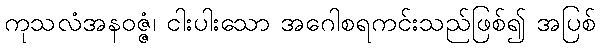
ကုသလံအနဝဇ္ဇံ၊ ငါးပါးသော အဂေါစရကင်းသည်ဖြစ်၍ အပြစ်